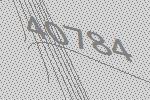
40784